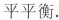
平平衡.